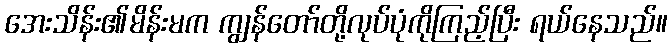
အေးသိန်း၏မိန်းမက ကျွန်တော်တို့လုပ်ပုံကိုကြည့်ပြီး ရယ်နေသည်။